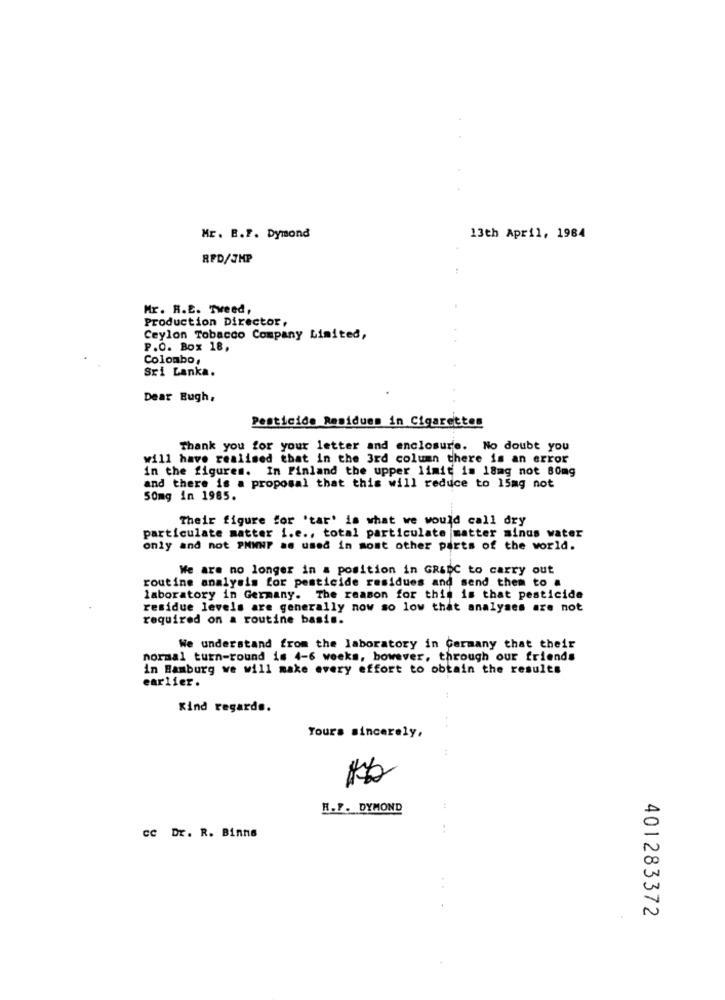
Mr. B.F. Dymond
13th April, 1984
RFD/JHP
Mr. R.E. Tweed,
Production Director,
Ceylon Tobacco Company Limited,
P.O. Box 18,
Colombo,
Sri Lanka.
Dear Eugh,
Pesticide Residues in Cigarettes
Thank you for your letter and enclosure. No doubt you
will have realised that in the 3rd column there is an error
in the figures. In Finland the upper limit is 18mg not 80mg
and there is a proposal that this will reduce to 15mg not
Somg in 1985.
Their figure for 'tar' is what we would call dry
particulate matter i.e ., total particulate matter minus water
only and not PHWNP as used in most other parts of the world.
We are no longer in a position in GR&DC to carry out
routine analysis for pesticide residues and send them to .
laboratory in Germany. The reason for this is that pesticide
residue levels are generally now so low that analyses are not
required on a routine basis.
We understand from the laboratory in Germany that their
normal turn-round is 4-6 weeks, bowever, through our friends
in Hamburg we will make every effort to obtain the results
earlier.
Kind regards.
Yours sincerely,
R.F. DYMOND
..
cc Dr. R. Binna
401283372